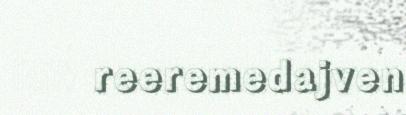
reeremedajven